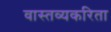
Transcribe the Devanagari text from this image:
वास्तव्यकरिता